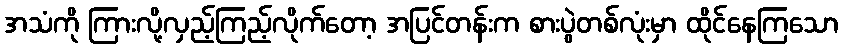
အသံကို ကြားလို့လှည့်ကြည့်လိုက်တော့ အပြင်တန်းက စားပွဲတစ်လုံးမှာ ထိုင်နေကြသော